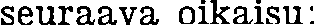
seuraava oikaisu: